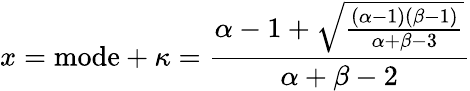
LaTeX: x={\mathrm{mode}}+\kappa={\frac{\alpha-1+{\sqrt{\frac{(\alpha-1)(\beta-1)}{\alpha+\beta-3}}}}{\alpha+\beta-2}}